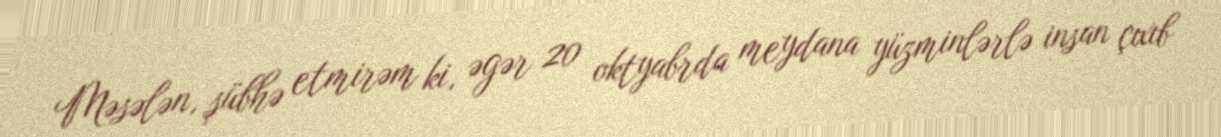
Məsələn, şübhə etmirəm ki, əgər 20 oktyabrda meydana yüzminlərlə insan çıxıb